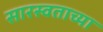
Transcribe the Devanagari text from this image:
सारस्वताच्या